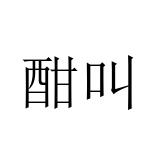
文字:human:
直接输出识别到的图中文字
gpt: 酣叫